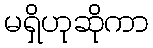
မရှိဟုဆိုကာ